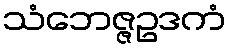
သံဘေဇ္ဇဥဒကံ